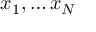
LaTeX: x _ { 1 } , \ldots x _ { N }